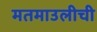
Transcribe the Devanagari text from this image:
मतमाउलीची